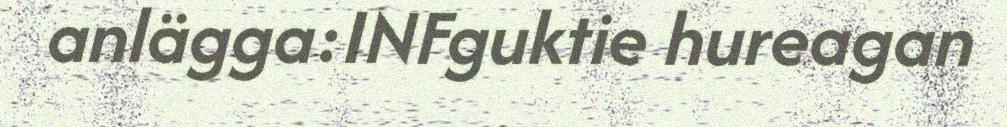
anlägga:INFguktie hureagan